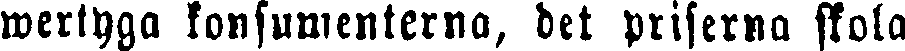
wertyga konsumenterna, det priserna skola